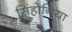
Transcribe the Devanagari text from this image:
सिंहोनिया